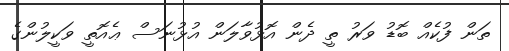
ތަން ފުކެއް ބޮޑު ވަރު ތީ ދެން އޮޅުވާލަން އުޅުނަސް ޢެއޮތީ ވަކީލުންގެ